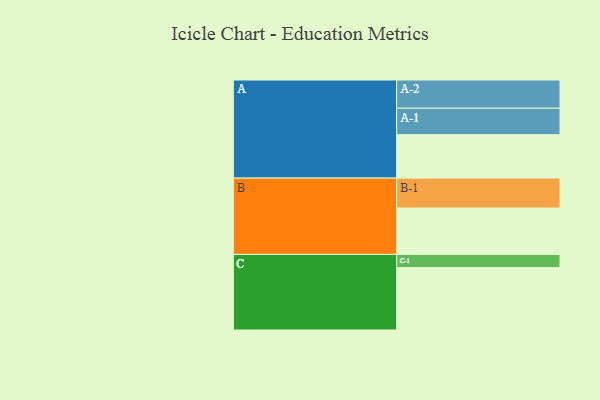
{"axis": {"x": "Segment", "y": "Value"}, "legend": ["", "A", "B", "C"], "data": [{"x": "A", "y": 388, "type": ""}, {"x": "B", "y": 414, "type": ""}, {"x": "C", "y": 557, "type": ""}, {"x": "A-1", "y": 236, "type": "A"}, {"x": "A-2", "y": 252, "type": "A"}, {"x": "B-1", "y": 267, "type": "B"}, {"x": "C-1", "y": 118, "type": "C"}]}